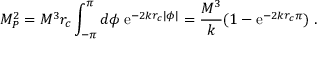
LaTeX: M _ { P } ^ { 2 } = M ^ { 3 } r _ { c } \int _ { - \pi } ^ { \pi } d \phi \; \mathrm { e } ^ { - 2 k r _ { c } | \phi | } = \frac { M ^ { 3 } } { k } ( 1 - \mathrm { e } ^ { - 2 k r _ { c } \pi } ) \; .